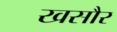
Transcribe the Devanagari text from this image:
खसौर